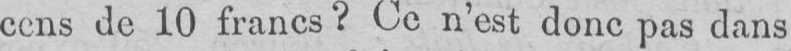
cens de 10 francs? Ce n’est donc pas dans